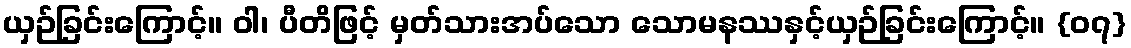
ယှဉ်ခြင်းကြောင့်။ ဝါ၊ ပီတိဖြင့် မှတ်သားအပ်သော သောမနဿနှင့်ယှဉ်ခြင်းကြောင့်။ {၀၇}